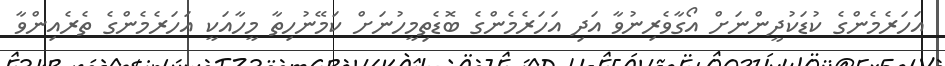
އަހަރެމެންގެ ކުޑަކުދީންނަށް އޯގާވެރިނުވާ އަދި އަހަރެމެންގެ ބޮޑެތިމީހުނަށް ކަމޭނުހިތާ މީހާއަކީ އަހަރެމެންގެ ތެރެއިންވާ